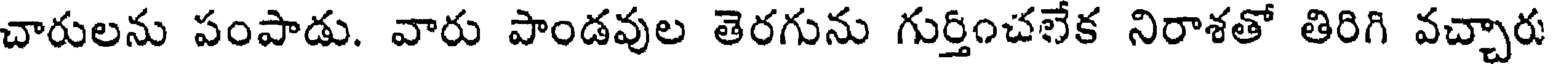
చారులను పంపాడు. వారు పాండవుల తెరగును గుర్తించలేక నిరాశతో తిరిగి వచ్చారు